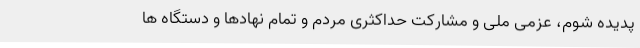
پدیده شوم، عزمی ملی و مشارکت حداکثری مردم و تمام نهادها و دستگاه ها